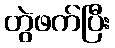
တွဲဖက်ပြီး